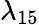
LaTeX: \lambda_{15}